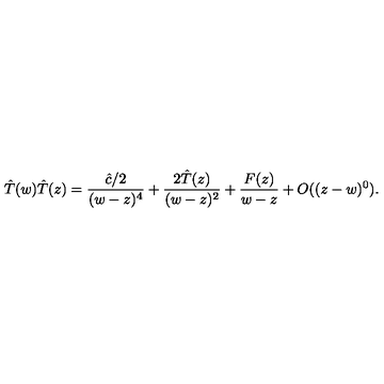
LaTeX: \hat { T } ( w ) \hat { T } ( z ) = \frac { \hat { c } / 2 } { ( w - z ) ^ { 4 } } + \frac { 2 \hat { T } ( z ) } { ( w - z ) ^ { 2 } } + \frac { F ( z ) } { w - z } + O ( ( z - w ) ^ { 0 } ) .